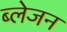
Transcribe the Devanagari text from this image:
ब्लेजन